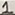
Text: 1